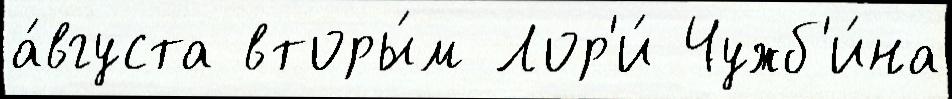
а́вгуста вторы́м Лор'и́ Чужб'и́на